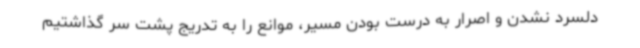
دلسرد نشدن و اصرار به درست بودن مسیر، موانع را به تدریج پشت سر گذاشتیم